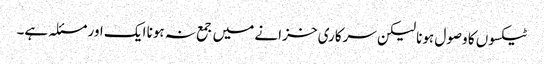
ٹیکسوں کا وصول ہونا لیکن سرکاری خزانے میں جمع نہ ہونا ایک اور مسئلہ ہے۔